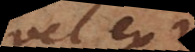
vel ex